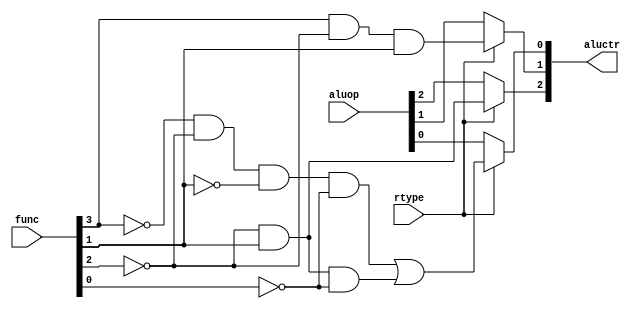
module aluctrl(aluop,func,rtype,aluctr);
	input [2:0]	aluop;
	input [5:0]	func;
	input 	rtype;
	output[2:0]aluctr;//???????

	/*always @(*) begin
		case (rtype)
			1'b0 : begin
				aluctr <= aluop;
			end
			1'b1 : begin
				aluctr[2] = ~func[2] & func[1];
				aluctr[1] = func[3] & ~func[2] & func[1];
				aluctr[0] = ~func[3] & ~func[2] & ~func[1] & ~func[0]  + ~func[2] & func[1] & ~func[0];
			end
		endcase
	end*/
	assign aluctr[2]=rtype?(!func[2] & func[1]):aluop[2];
	assign aluctr[1]=rtype?(func[3] & !func[2] & func[1]):aluop[1];
	assign aluctr[0]=rtype?((!func[3] & !func[2] & !func[1] & !func[0])  |( !func[2] & func[1] & !func[0])):aluop[0];
endmodule